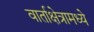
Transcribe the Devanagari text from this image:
वार्ताक्षेत्रामध्ये